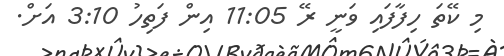
މި ކޭތަ ހިފާފައި ވަނީ ރޭ 11:05 އިން ފަތިހު 3:10 އަށް.